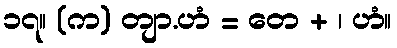
၁၇။ (က) တျာ.ဟံ = တေ + ၊ ဟံ။